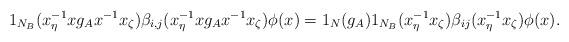
LaTeX: \begin{align*}1_{N_B}(x_{\eta}^{-1} x g_{A}x^{-1} x_{\zeta})\beta_{i,j}(x_{\eta}^{-1} x g_{A}x^{-1} x_{\zeta})\phi(x) =1_N(g_A)1_{N_{B}}(x_{\eta}^{-1}x_{\zeta})\beta_{ij}(x_{\eta}^{-1}x_{\zeta})\phi(x).\end{align*}